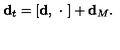
{ \bf d } _ { t } = [ { \bf d } , \ \cdot \ ] + { \bf d } _ { M } .